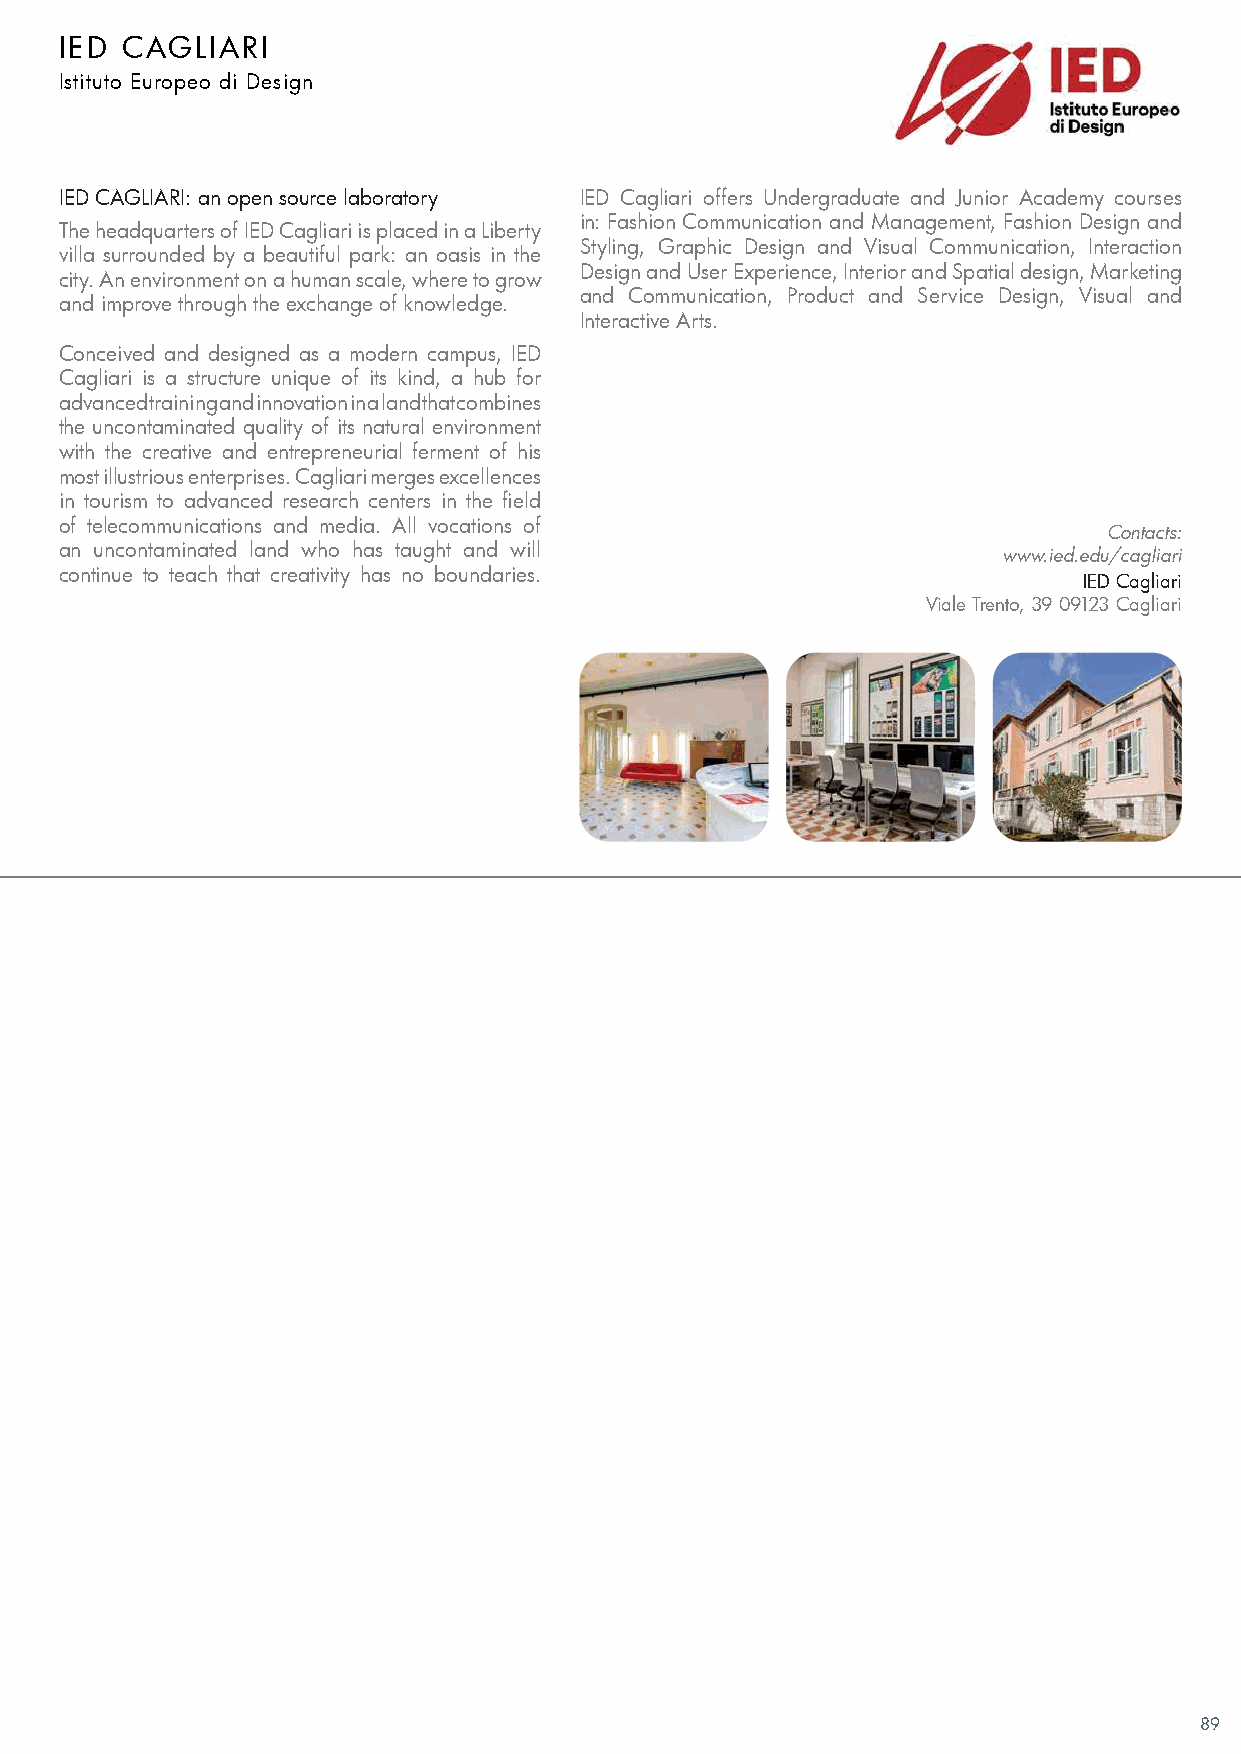
IED CAGLIARI
 Istituto Europeo di Design
 IED CAGLIARI: an open source laboratory IED Cagliari offers Undergraduate and Junior Academy courses
 in: Fashion Communication and Management, Fashion Design and
 The headquarters of IED Cagliari is placed in a Liberty
 Styling, Graphic Design and Visual Communication, Interaction
 villa surrounded by a beautiful park: an oasis in the
 Design and User Experience, Interior and Spatial design, Marketing
 city. An environment on a human scale, where to grow
 and Communication, Product and Service Design, Visual and
 and improve through the exchange of knowledge.
 Interactive Arts.
 Conceived and designed as a modern campus, IED
 Cagliari is a structure unique of its kind, a hub for
 advanced training and innovation in a land that combines
 the uncontaminated quality of its natural environment
 with the creative and entrepreneurial ferment of his
 most illustrious enterprises. Cagliari merges excellences
 in tourism to advanced research centers in the field
 of telecommunications and media. All vocations of
 Contacts:
 an uncontaminated land who has taught and will                www.ied.edu/cagliari
 continue to teach that creativity has no boundaries.
 IED Cagliari
 Viale Trento, 39 09123 Cagliari
 89